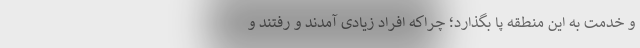
و خدمت به این منطقه پا بگذارد؛ چراکه افراد زیادی آمدند و رفتند و